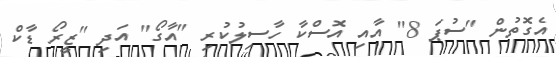
އެގޮތުން "ސުޕަ 8" އާއި އޮސްކާ ހާސިލުކުރި "އާގޯ" އަދި "ޒީރޯ ޑާކް